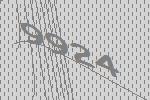
9924